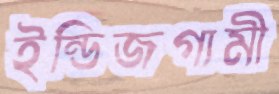
ইন্ডিজগামী